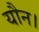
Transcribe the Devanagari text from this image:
यौन।